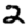
Digit: 2